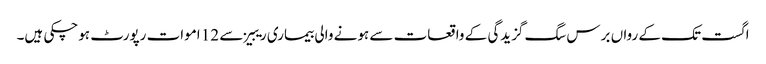
اگست تک کے رواں برس سگ گزیدگی کے واقعات سے ہونے والی بیماری ریبیز سے 12 اموات رپورٹ ہوچکی ہیں۔